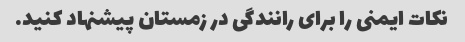
نکات ایمنی را برای رانندگی در زمستان پیشنهاد کنید.